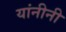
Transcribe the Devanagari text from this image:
यांनीनी